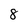
Character: 8